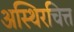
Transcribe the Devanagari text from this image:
अस्थिरचित्त